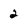
Character: 2